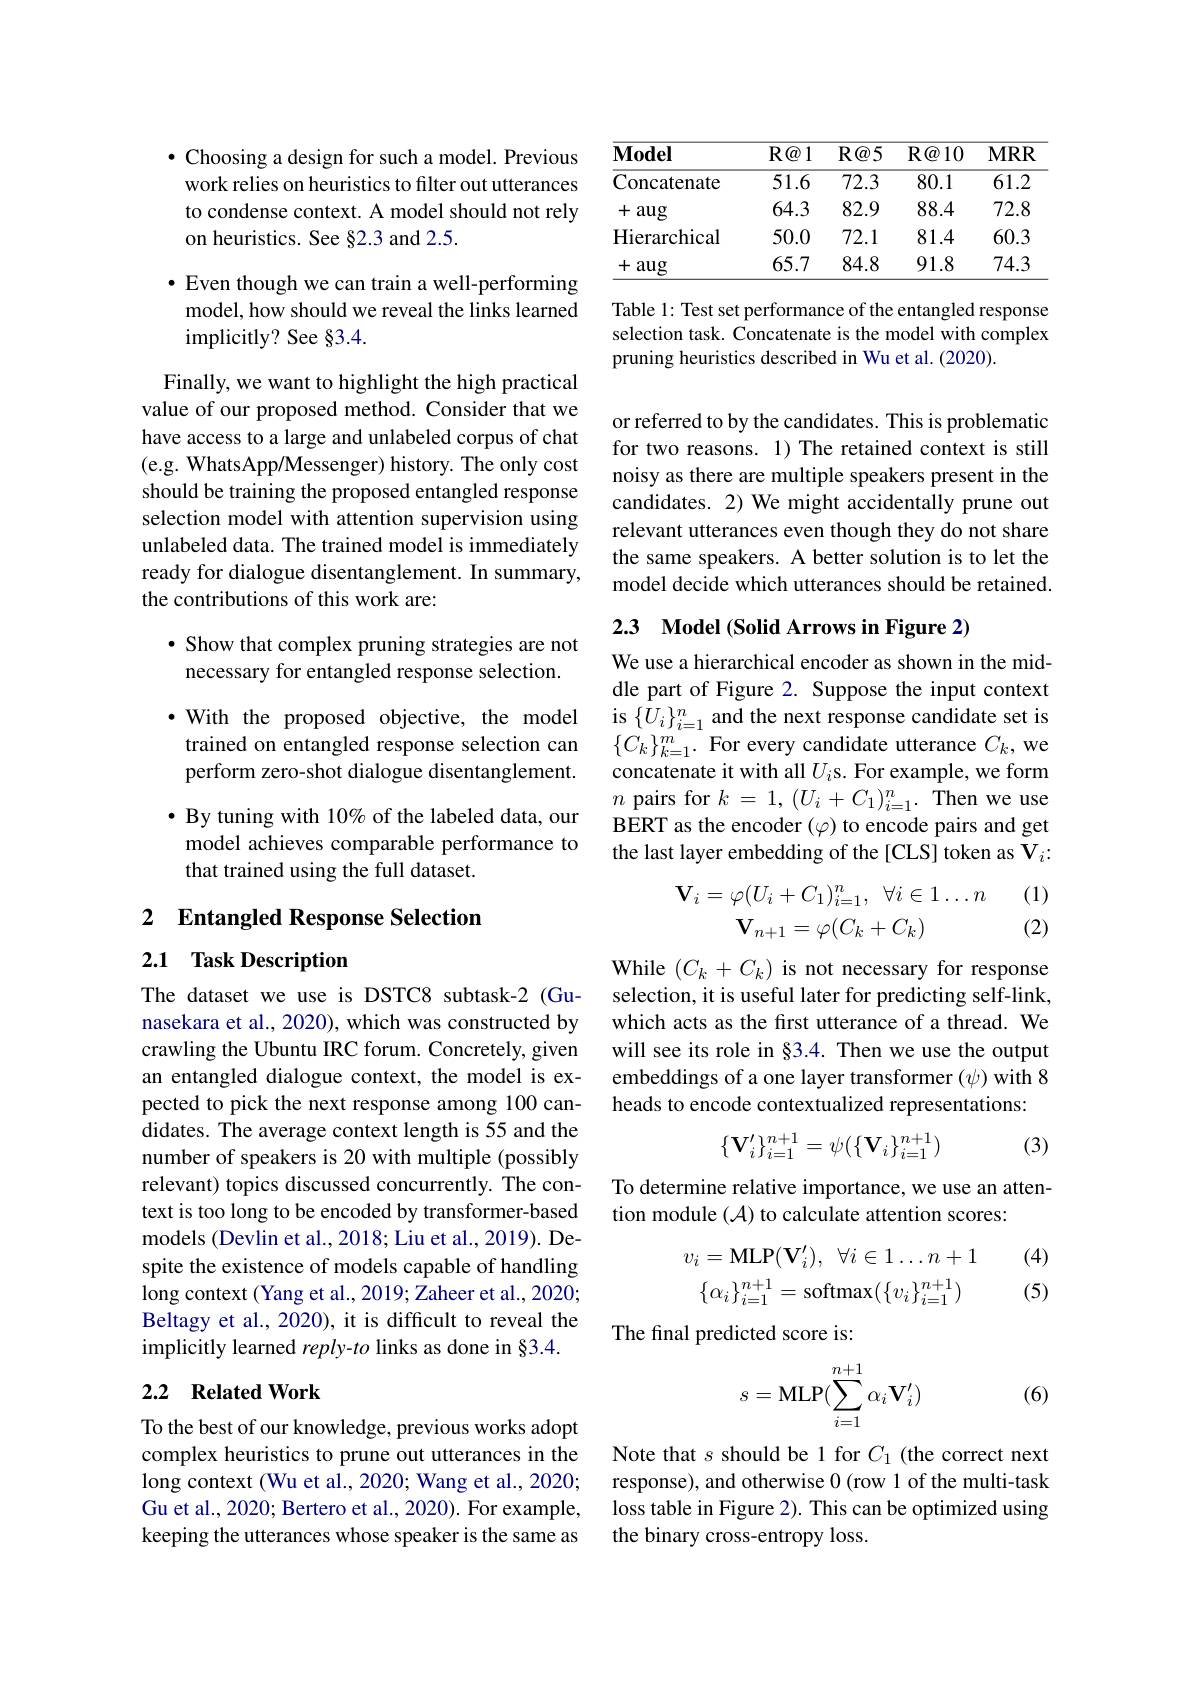
$\bullet$ Choosing a design for such a model. Previous work relies on heuristics to filter out utterances to condense context. A model should not rely on heuristics. See §2.3 and 2.5.

$•$ Even though we can train a well-performing model, how should we reveal the links learned implicitly? See §3.4.

Finally, we want to highlight the high practical value of our proposed method. Consider that we have access to a large and unlabeled corpus of chat (e.g. WhatsApp/Messenger) history. The only cost should be training the proposed entangled response selection model with attention supervision using unlabeled data. The trained model is immediately ready for dialogue disentanglement. In summary, the contributions of this work are:

· Show that complex pruning strategies are not necessary for entangled response selection.

$\bullet$ With the proposed objective, the model trained on entangled response selection can perform zero-shot dialogue disentanglement.

$\bullet$ By tuning with 10% of the labeled data, our model achieves comparable performance to that trained using the full dataset.

2 $\textbf{Entangled Response Selection}$
## 2.1 Task Description

The dataset we use is DSTC8 subtask-2 (Gunasekara et al., 2020), which was constructed by crawling the Ubuntu IRC forum. Concretely, given an entangled dialogue context, the model is expected to pick the next response among 100 candidates. The average context length is 55 and the number of speakers is 20 with multiple (possibly relevant) topics discussed concurrently. The context is too long to be encoded by transformer-based models (Devlin et al., 2018; Liu et al., 2019). Despite the existence of models capable of handling long context (Yang et al., 2019; Zaheer et al., 2020; Beltagy et al., 2020), it is difficult to reveal the implicitly learned $reply-to$ links as done in $\S3.4.$

## 2.2 Related Work

To the best of our knowledge, previous works adopt complex heuristics to prune out utterances in the long context (Wu et al., 2020; Wang et al., 2020; Gu et al., 2020; Bertero et al., 2020). For example, keeping the utterances whose speaker is the same as

<table>
	<tbody>
		<tr>
			<th>$\mathbf{Model}$</th>
			<th>$R@1$</th>
			<th>$R@5$</th>
			<th>$\mathbf{R} \textcircled {a}10$</th>
			<th>$MRR$</th>
		</tr>
		<tr>
			<td>Concatenate</td>
			<td>51.6</td>
			<td>72.3</td>
			<td>80.1</td>
			<td>61.2</td>
		</tr>
		<tr>
			<td>+aug</td>
			<td>64.3</td>
			<td>82.9</td>
			<td>88.4</td>
			<td>72.8</td>
		</tr>
		<tr>
			<td>Hierarchical</td>
			<td>50.0</td>
			<td>72.1</td>
			<td>81.4</td>
			<td>60.3</td>
		</tr>
		<tr>
			<td>+aug</td>
			<td>65.7</td>
			<td>84.8</td>
			<td>91.8</td>
			<td>74.3</td>
		</tr>
	</tbody>
</table>

Table 1: Test set performance of the entangled response selection task. Concatenate is the model with complex pruning heuristics described in Wu et al. (2020).

or referred to by the candidates. This is problematic for two reasons. 1) The retained context is still noisy as there are multiple speakers present in the candidates. 2) We might accidentally prune out relevant utterances even though they do not share the same speakers. A better solution is to let the model decide which utterances should be retained.

2.3 Model (Solid Arrows in Figure 2)

We use a hierarchical encoder as shown in the middle part of Figure 2. Suppose the input context is $\{U_{i}\}_{i=1}^{n}$ and the next response candidate set is $\{C_{k}\}_{k=1}^{m}.$ For every candidate utterance $C_k$,we concatenate it with all $U_i$s. For example, we form $n$ pairs for $k=1,(U_i+C_1)_{i=1}^n.$ Then we use BERT as the encoder $(\varphi)$ to encode pairs and get the last layer embedding of the [CLS] token as V$_i{:}$
$$\begin{aligned}\mathbf{V}_i&=\varphi(U_i+C_1)_{i=1}^n,\:\forall i\in1\dots n\\\mathbf{V}_{n+1}&=\varphi(C_k+C_k)\end{aligned}$$
(1) (2)

While $(C_k+C_k)$ is not necessary for response selection, it is useful later for predicting self-link, which acts as the first utterance of a thread. We will see its role in §3.4. Then we use the output embeddings of a one layer transformer $(\psi)$ with 8 heads to encode contextualized representations:
$$\{\mathbf{V}_i'\}_{i=1}^{n+1}=\psi(\{\mathbf{V}_i\}_{i=1}^{n+1})$$
(3)

To determine relative importance, we use an atten-
tion module (A) to calculate attention scores:

(4)
$$v_{i}=\mathrm{MLP}(\mathbf{V}_{i}^{\prime}),\:\forall i\in1\ldots n+1\\\{\alpha_{i}\}_{i=1}^{n+1}=\mathrm{softmax}(\{v_{i}\}_{i=1}^{n+1})$$
(5)

The final predicted score is:
$$s=\text{MLP}(\sum_{i=1}^{n+1}\alpha_i\mathbf{V}_i')$$
(6)

Note that $s$ should be 1 for $C_1$ (the correct next response), and otherwise 0 (row 1 of the multi-task loss table in Figure 2). This can be optimized using the binary cross-entropy loss.